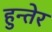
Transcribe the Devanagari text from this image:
हुन्तेर